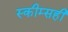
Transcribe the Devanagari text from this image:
स्कीम्सही